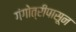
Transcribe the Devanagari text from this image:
गंगोत्रीपासून